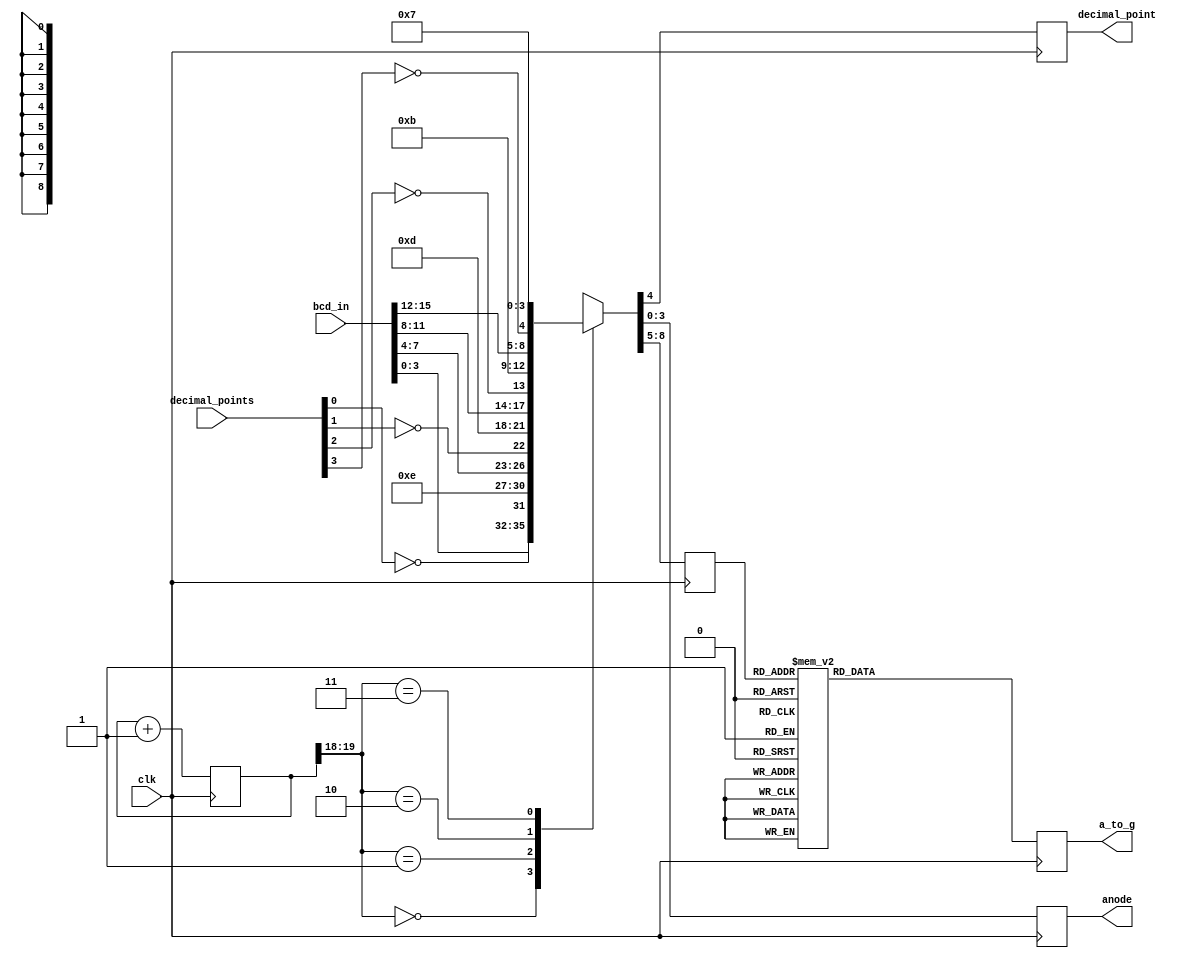
module seven_segment_display_x_4(
    input [15:0] bcd_in,
    input [3:0] decimal_points,
    input clk,
    output reg [6:0] a_to_g,
    output reg decimal_point,
    output reg [3:0] anode
    );
wire [1:0] counter;
reg [3:0] digit;
reg [19:0] clkdiv;    
assign counter = clkdiv[19:18];   
always @(posedge clk)
    case(counter)
        0: {digit, decimal_point, anode} = {bcd_in[3:0], ~decimal_points[0],  4'b1110};
        1: {digit, decimal_point, anode} = {bcd_in[7:4], ~decimal_points[1],  4'b1101};
        2: {digit, decimal_point, anode} = {bcd_in[11:8], ~decimal_points[2], 4'b1011};
        3: {digit, decimal_point, anode} = {bcd_in[15:12], ~decimal_points[3],4'b0111};
     endcase
always @(posedge clk)
     case(digit)
        0: a_to_g = 8'b1000000;  
        1: a_to_g = 8'b1111001;  
        2: a_to_g = 8'b0100100;  
        3: a_to_g = 8'b0110000;  
        4: a_to_g = 8'b0011001;  
        5: a_to_g = 8'b0010010;  
        6: a_to_g = 8'b0000010;  
        7: a_to_g = 8'b1111000;  
        8: a_to_g = 8'b0000000;  
        9: a_to_g = 8'b0010000;  
        default: a_to_g = 8'b11111111;  
    endcase
always  @ (posedge clk)
       begin
        clkdiv <= clkdiv + 20'b1;
       end 
endmodule